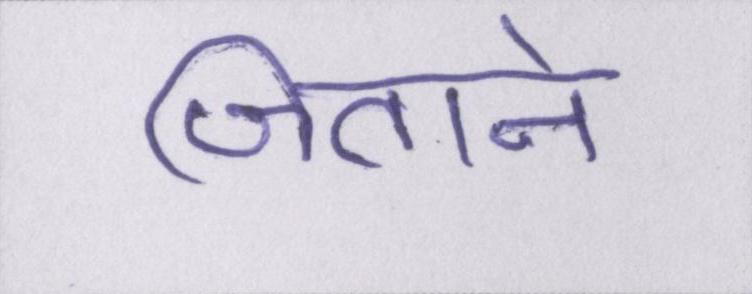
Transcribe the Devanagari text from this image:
जिताने